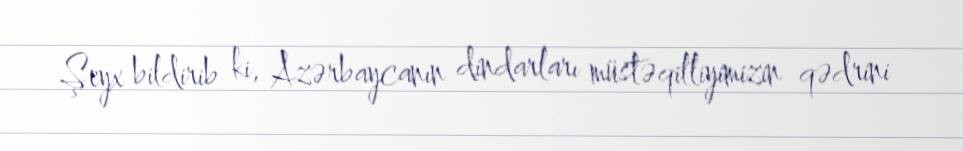
Şeyx bildirib ki, Azərbaycanın dindarları müstəqilliyimizin qədrini